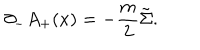
LaTeX: { \partial } _ { - } A _ { + } ( x ) = - \frac { m } { 2 } \tilde { \Sigma } .